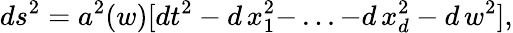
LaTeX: ds^{2}=a^{2}(w)[dt^{2}-d\, x_{1}^{2}-\, ...-d\, x_{d}^{2}-d\, w^{2}],